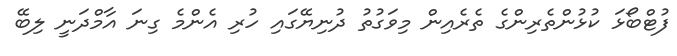
ފުޓްބޯޅަ ކުޅުންތެރިންގެ ތެރެއިން މިވަގުތު ދުނިޔޭގައި ހުރި އެންމެ ގިނަ އާމްދަނީ ލިބޭ